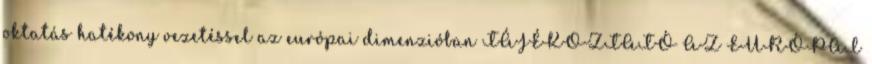
oktatás hatékony vezetéssel az európai dimenzióban TÁJÉKOZTATÓ AZ EURÓPAI